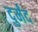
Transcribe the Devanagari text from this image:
दुर्मंद